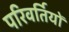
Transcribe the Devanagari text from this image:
परिवर्तियों